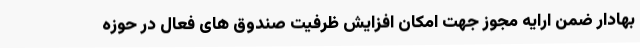
بهادار ضمن ارایه مجوز جهت امکان افزایش ظرفیت صندوق های فعال در حوزه